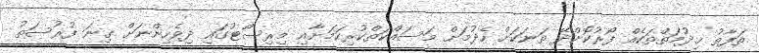
ތަފާތު ޚިދުމަތްތަކެއް ފޯރުކޮށްދޭ ތަނަކަށް ހެދުމަށް މަސައްކަތްކުރިކަމަށާއި މިރިސޯޓުގައި ދިވެހިންނަށް ގިނަ ފުރުސަތު